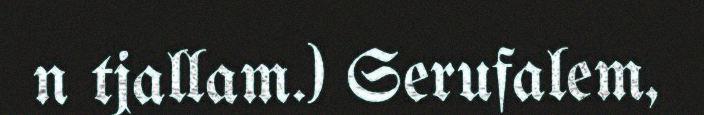
n tjallam.) Serufalem,